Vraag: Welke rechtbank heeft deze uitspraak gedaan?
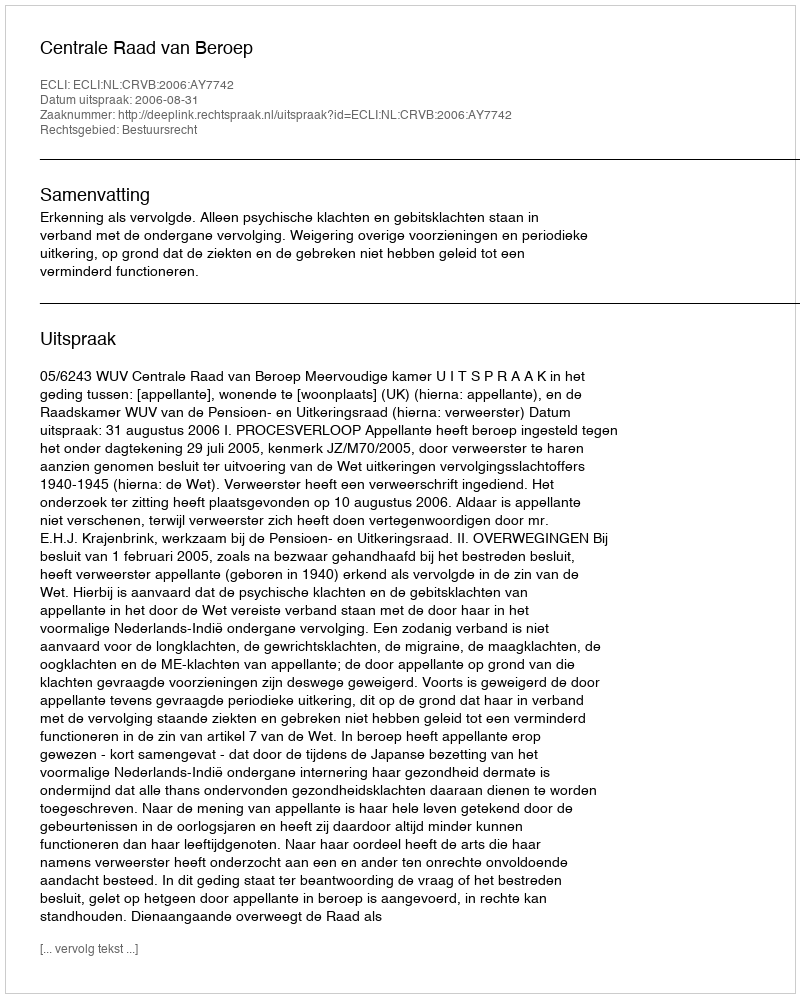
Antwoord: Centrale Raad van Beroep